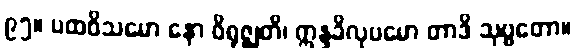
၉၅။ ပထဝိသမော နော ဝိရုဇ္ဈတိ၊ ဣန္ဒခိလုပမော တာဒိ သုဗ္ဗတော။